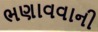
ભણાવવાની